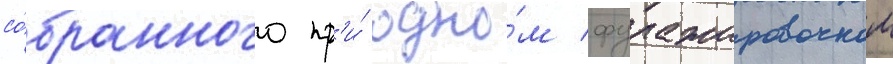
со́бранного пр'и́ одно́м фуражировочном